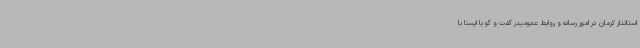
استاندار کرمان در امور رسانه و روابط عمومیدر گفت و گو با ایسنا با